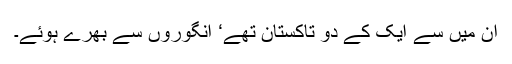
ان میں سے ایک کے دو تاکستان تھے‘ انگوروں سے بھرے ہوئے۔